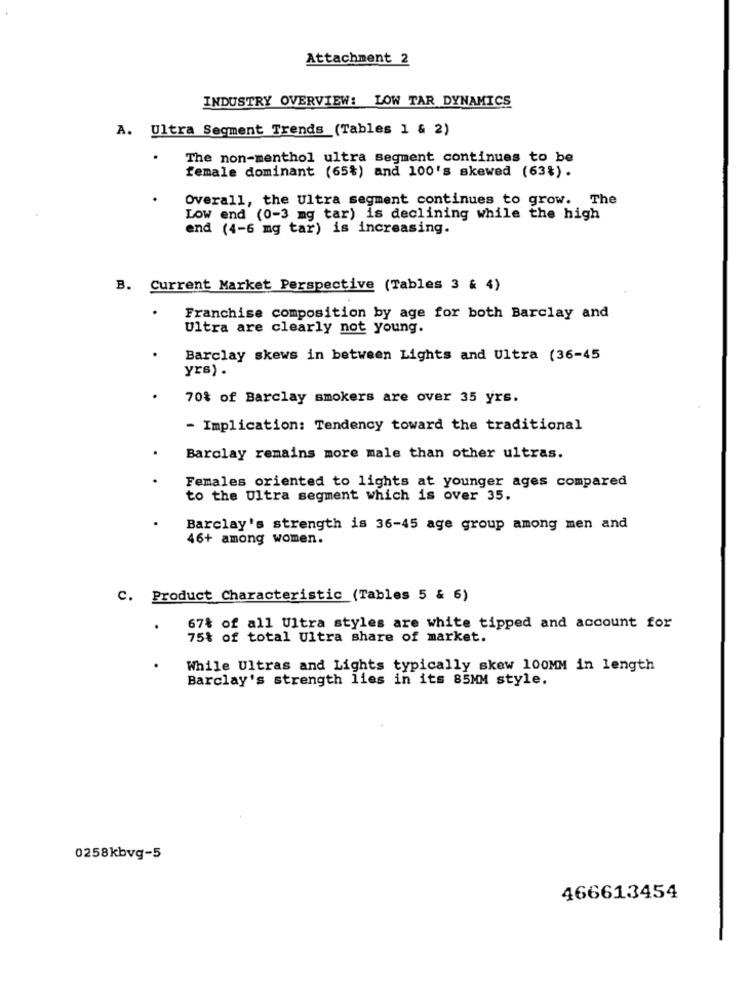
Attachment 2
INDUSTRY OVERVIEW: LOW TAR DYNAMICS
A. Ultra Segment Trends (Tables 1 & 2)
The non-menthol ultra segment continues to be
female dominant (65%) and 100's skewed (63%).
Overall, the Ultra segment continues to grow. The
Low end (0-3 mg tar) is declining while the high
end (4-6 mg tar) is increasing.
B. Current Market Perspective (Tables 3 & 4)
Franchise composition by age for both Barclay and
Ultra are clearly not young.
Barclay skews in between Lights and Ultra (36-45
yrs) .
70% of Barclay smokers are over 35 yrs.
- Implication: Tendency toward the traditional
.
Barclay remains more male than other ultras.
Females oriented to lights at younger ages compared
to the Ultra segment which is over 35.
Barclay's strength is 36-45 age group among men and
46+ among women.
C. Product Characteristic (Tables 5 & 6)
.
67% of all Ultra styles are white tipped and account for
75% of total Ultra share of market.
While Ultras and Lights typically skew 100MM in length
Barclay's strength lies in its 85MM style.
0258kbvg-5
466613454